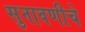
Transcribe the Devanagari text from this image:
सुनावणीचे